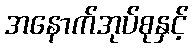
အနောက်အုပ်စုနှင့်